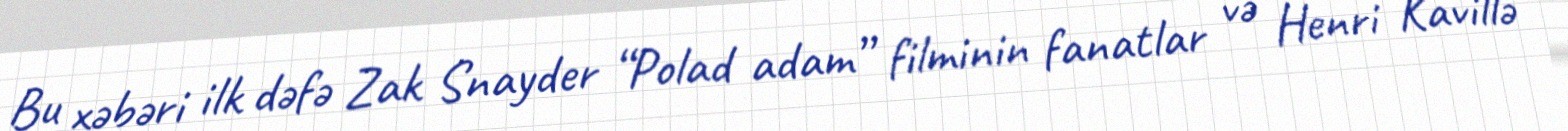
Bu xəbəri ilk dəfə Zak Snayder “Polad adam” filminin fanatlar və Henri Kavillə